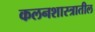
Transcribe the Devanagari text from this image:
कलनशास्त्रातील